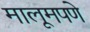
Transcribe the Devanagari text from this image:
मालूमपणे